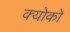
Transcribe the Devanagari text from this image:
क्योको